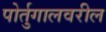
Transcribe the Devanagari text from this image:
पोर्तुगालवरील